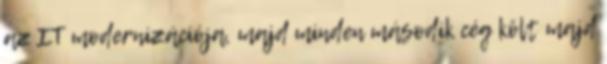
az IT modernizációja, majd minden második cég költ majd